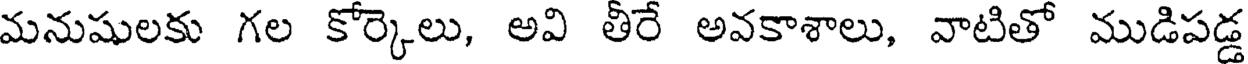
మనుషులకు గల కోర్కెలు, అవి తీరే అవకాశాలు, వాటితో ముడిపడ్డ